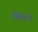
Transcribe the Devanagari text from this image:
पिडा।